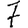
Digit: 7